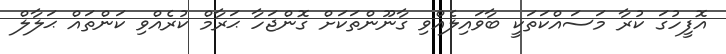
އޮފީހުގަ ކުރާ މަސައްކަތަކީ ބާވައިލެއްވި ގާނޫންތަކަށް ގޮންޖަހާ ޙަރާމް ކުރެއްވި ކަންތައް ޙަލާލް